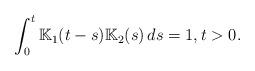
LaTeX: \begin{align*}\int_0^t \mathbb{K}_1(t-s)\mathbb{K}_2(s)\,ds=1,t>0.\end{align*}